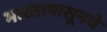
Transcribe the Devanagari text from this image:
भारतापासूनचे